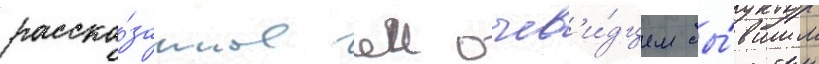
расска́занное еи очев'и́дцем бы́вшим